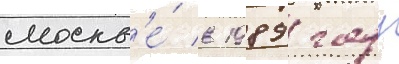
москв'е́ в 1989 году